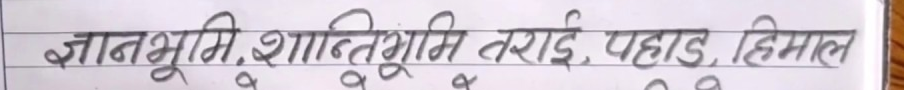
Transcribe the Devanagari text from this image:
ज्ञानभूमि, शान्तिभूमि तराई, पहाड, हिमाल